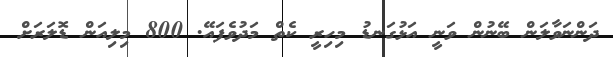
ދަންނަވާލަން ބޭނުން ވަނީ އަޅުގަނޑު މިހިރީ ކެތް މަދުވެފައޭ. 800 މިލިއަން ޑޮލަރަށް